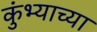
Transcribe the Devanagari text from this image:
कुंभ्याच्या